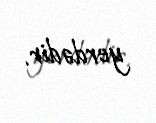
yerdədir.